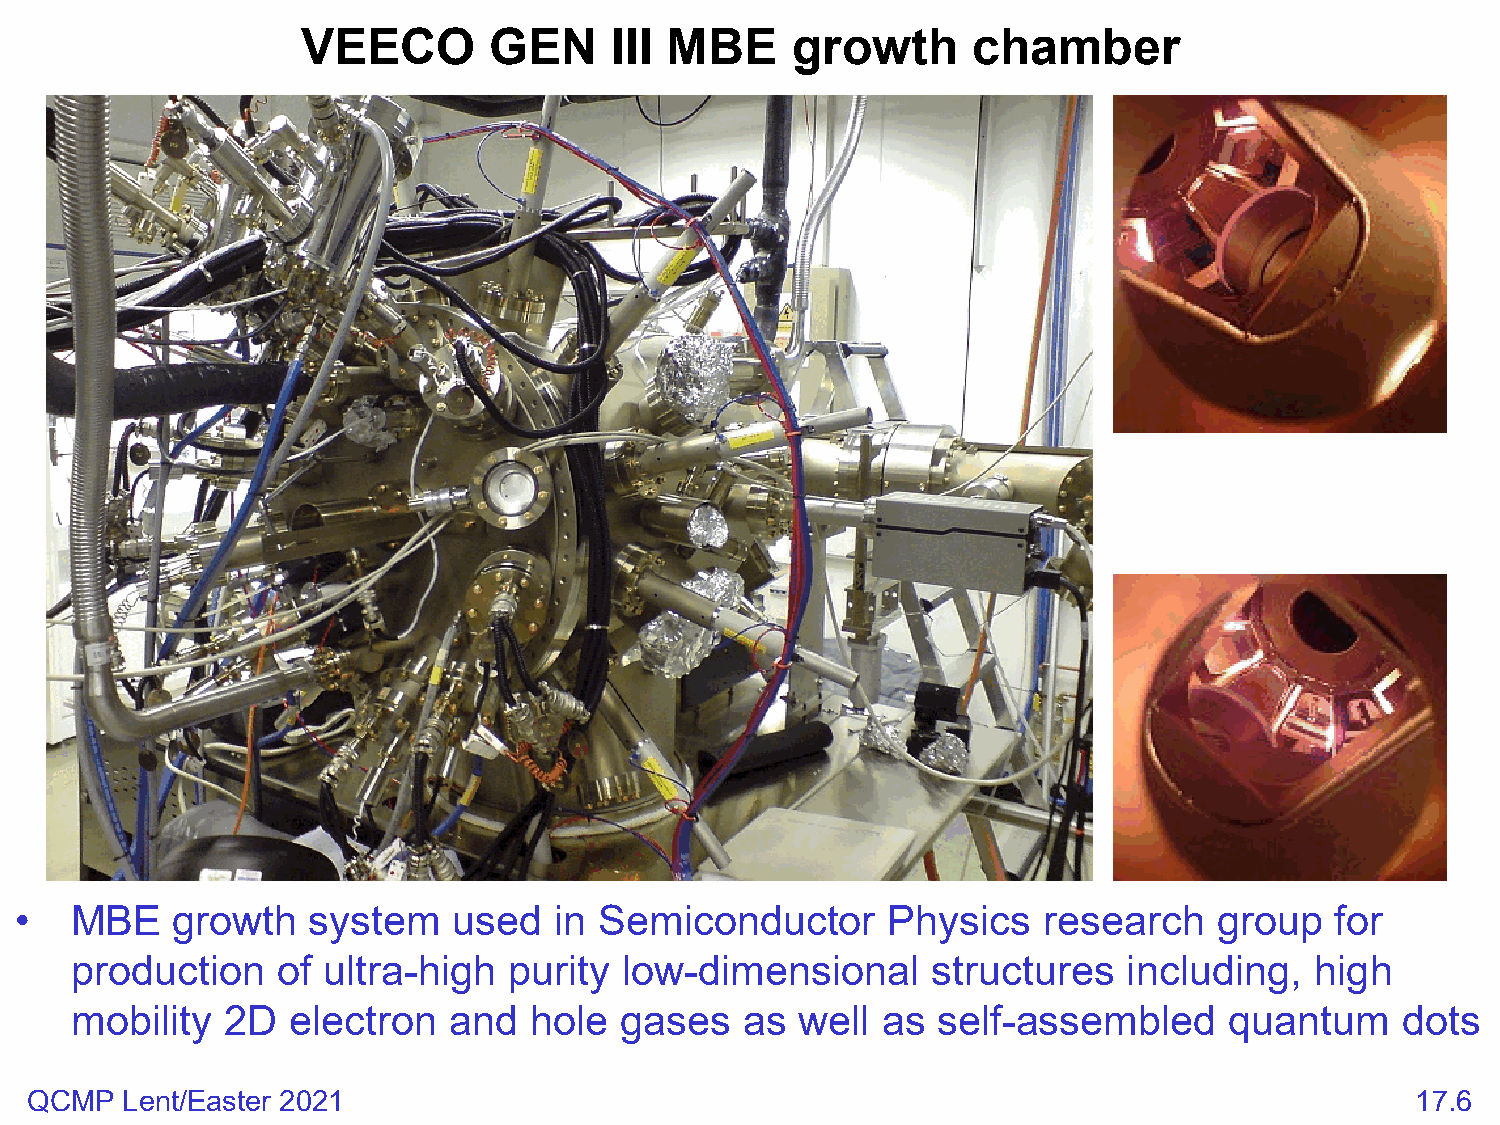
VEECO       GEN     III MBE     growth      chamber
 •   MBE   growth   system    used   in Semiconductor      Physics   research    group  for
 production   of ultra-high   purity low-dimensional      structures   including,  high
 mobility  2D  electron   and  hole  gases   as  well as  self-assembled     quantum     dots
 QCMP  Lent/Easter 2021                                                                      17.6